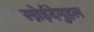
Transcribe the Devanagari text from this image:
स्च्नेईदेमुहल